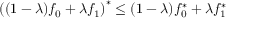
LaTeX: \left( ( 1 - \lambda ) f _ { 0 } + \lambda f _ { 1 } \right) ^ { * } \leq ( 1 - \lambda ) f _ { 0 } ^ { * } + \lambda f _ { 1 } ^ { * }